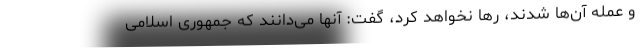
و عمله آن‌ها شدند، رها نخواهد کرد، گفت: آنها می‌دانند که جمهوری اسلامی